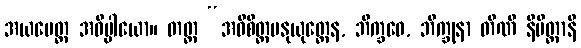
အယမေတ္ထ အဓိပ္ပါယော။ တတ္ထ “အဓိစိတ္တမနုယုတ္တေန, ဘိက္ခဝေ, ဘိက္ခုနာ တီဏိ နိမိတ္တာနိ